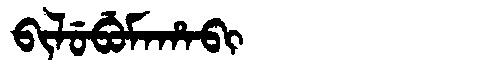
Manchu: ᠪᡳᠯᡠᠪᡠᠮᠠᡥᠠᠪᡳ
Romanization: BILUBUMAHABI